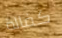
كفالة